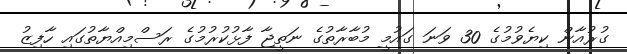
ގުރުއާން ކިޔެވުމުގެ 30 ވަނަ ގައުމީ މުބާރާތުގެ ނަތީޖާ ފާޅުކުރުމުގެ ރަސްމިއްޔާތުގައި ހާފިޒު